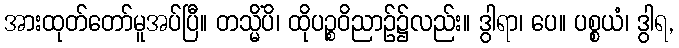
အားထုတ်တော်မူအပ်ပြီ။ တသ္မိံပိ၊ ထိုပဉ္စဝိညာဉ်၌လည်း။ ဒွါရာ၊ ပေ။ ပစ္စယံ၊ ဒွါရ,